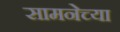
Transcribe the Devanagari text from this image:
सामनेच्या